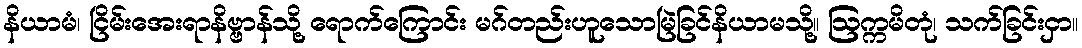
နိယာမံ၊ ငြိမ်းအေးရာနိဗ္ဗာန်သို့ ရောက်ကြောင်း မဂ်တည်းဟူသောမြဲခြင်နိယာမသို့။ ဩက္ကမိတုံ၊ သက်ခြင်းငှာ။